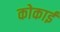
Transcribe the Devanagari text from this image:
कोकाई